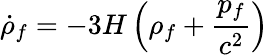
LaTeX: {\dot{\rho}}_{f}=-3H\left(\rho_{f}+{\frac{p_{f}}{c^{2}}}\right)